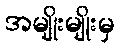
အမျိုးမျိုးမှ